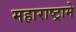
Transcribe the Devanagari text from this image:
महाराष्ट्रामे